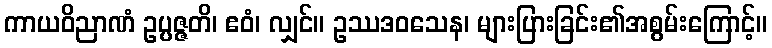
ကာယဝိညာဏံ ဥပ္ပဇ္ဇတိ၊ ဧဝံ၊ လျှင်။ ဥဿဒဝသေန၊ များပြားခြင်း၏အစွမ်းကြောင့်။